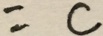
= c